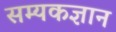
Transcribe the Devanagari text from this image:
सम्यकज्ञान